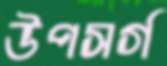
উপসর্গ